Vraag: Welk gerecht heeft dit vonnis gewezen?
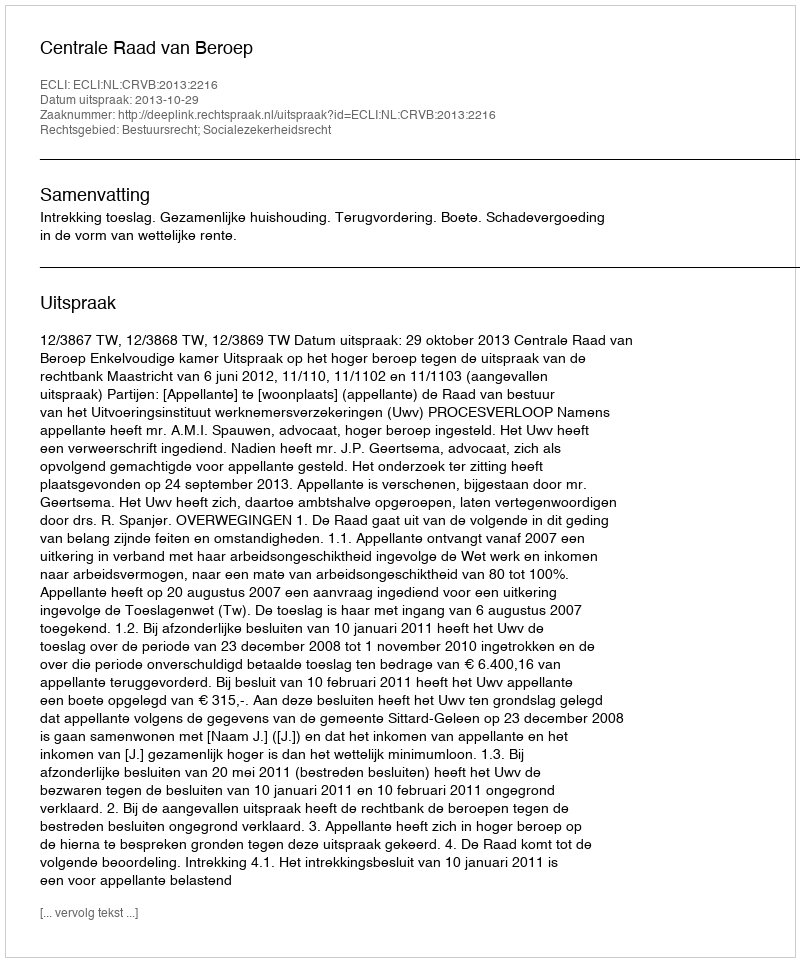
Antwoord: Centrale Raad van Beroep